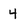
Character: 4